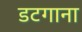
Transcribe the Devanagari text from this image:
डटगाना